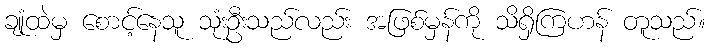
ချုံထဲမှ စောင့်နေသူ သုံးဦးသည်လည်း အဖြစ်မှန်ကို သိရှိကြဟန် တူသည်။